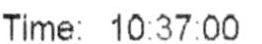
TIME: 10:37:00